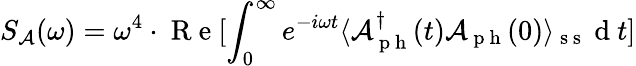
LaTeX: S_{\mathcal{A}}(\omega)=\omega^{4}\cdot\mathrm{~R~e~}[\int_{0}^{\infty}e^{-i\omega t}\langle\mathcal{A}_{\mathrm{~p~h~}}^{\dagger}(t)\mathcal{A}_{\mathrm{~p~h~}}(0)\rangle_{\mathrm{~s~s~}}\mathrm{~d~}t]